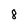
Character: 8